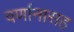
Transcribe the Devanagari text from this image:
वर्णानासह